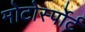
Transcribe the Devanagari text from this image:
मोटोर्स्पोर्ट